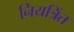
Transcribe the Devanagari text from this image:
नियत्रिंत